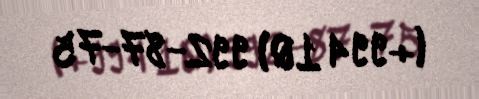
(+994 10) 992-87-75